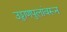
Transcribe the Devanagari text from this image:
उड्डाणपुलांवरून